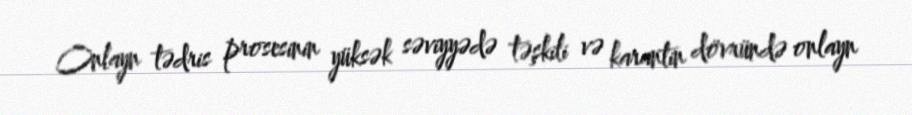
Onlayn tədris prosesinin yüksək səviyyədə təşkili və karantin dövründə onlayn